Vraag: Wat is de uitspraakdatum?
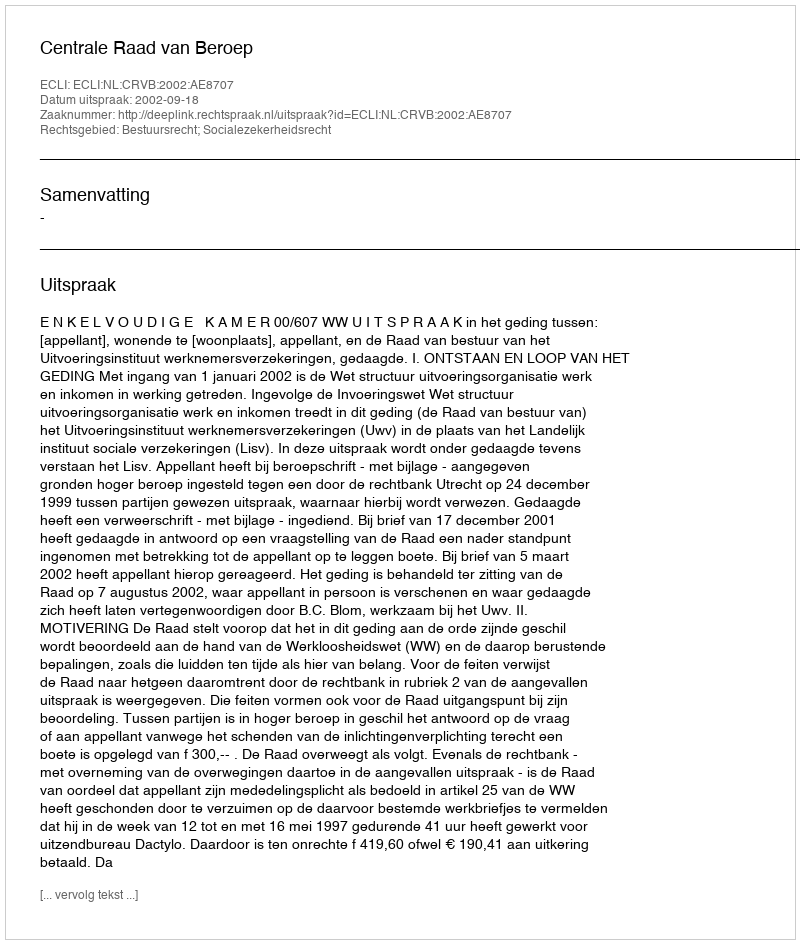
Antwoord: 2002-09-18